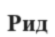
Рид